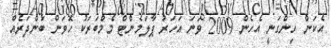
އެކަން ހިންގަނީ އެހެން 2009 ވަނަ އަހަރު ޕާލަމެންޓް މެމްބަރަކު ހޮވަން ބަންދަރެއް